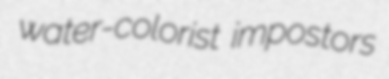
water-colorist impostors